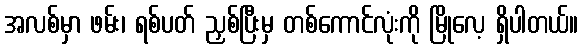
အလစ်မှာ ဖမ်း၊ ရစ်ပတ် ညှစ်ပြီးမှ တစ်ကောင်လုံးကို မြိုလေ့ ရှိပါတယ်။